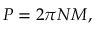
P = 2 \pi N M ,